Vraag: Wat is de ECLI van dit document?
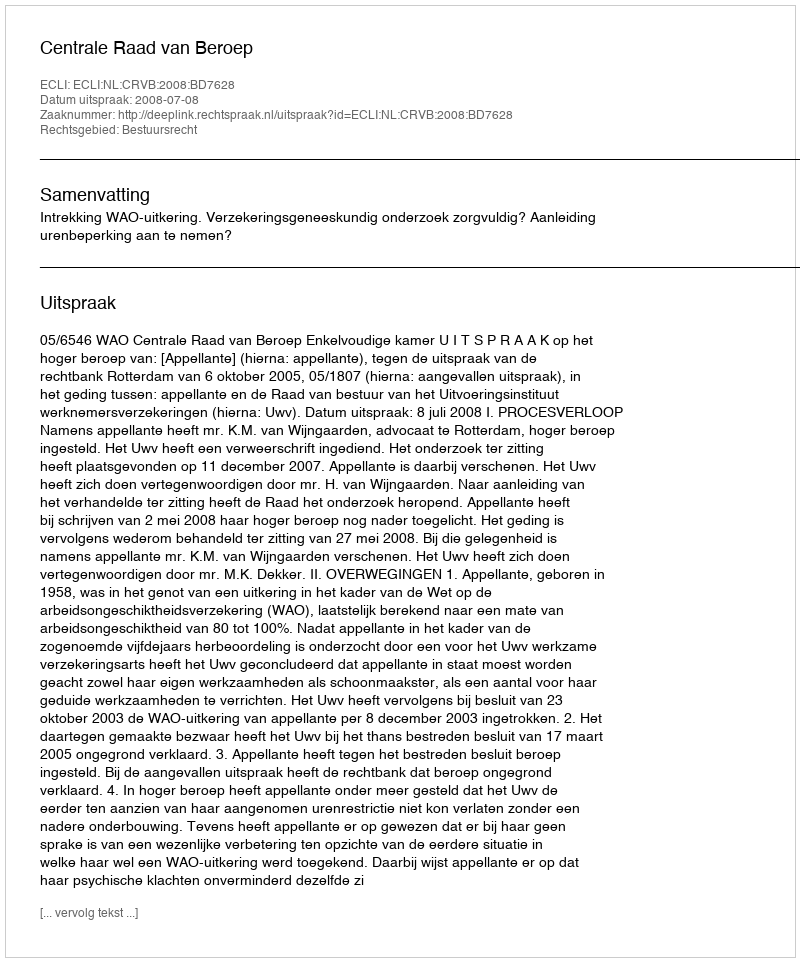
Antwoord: ECLI:NL:CRVB:2008:BD7628